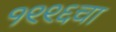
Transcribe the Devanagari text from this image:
१९९६चा